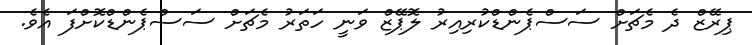
ޕިރޭޒް ދެ މެޗަށް ސަސްޕެންޑްކުރިއިރު ލޮޕޭޒް ވަނީ ހަތަރު މެޗަށް ސަސްޕެންޑްކޮށްފަ އެވެ.